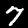
Label: 7